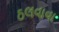
ઠલવાવા